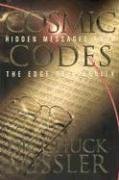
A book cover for Cosmic Codes: Hidden Messages From the Edge of Eternity; Chuck Missler; Religion & Spirituality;